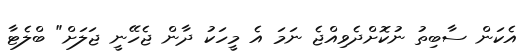
އެކަން ސާބިތު ނުކޮށްދެވިއްޖެ ނަމަ އެ މީހަކު ދާން ޖެހޭނީ ޖަލަށް" ބްލެޓާ